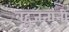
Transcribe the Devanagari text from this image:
बहुजनांनी